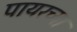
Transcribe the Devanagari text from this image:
पायरच्या